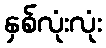
နှစ်လုံးလုံး